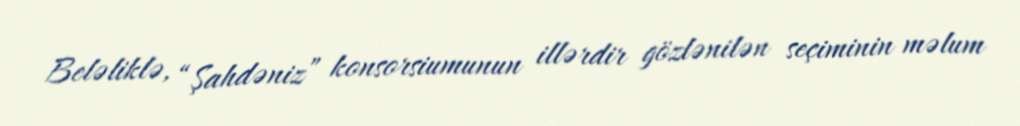
Beləliklə, “Şahdəniz” konsorsiumunun illərdir gözlənilən seçiminin məlum